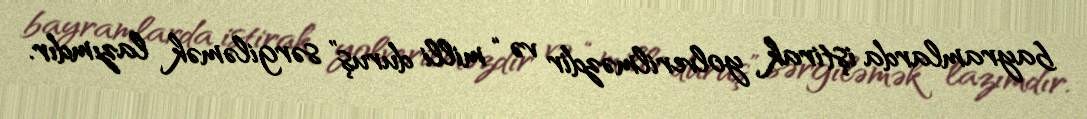
bayramlarda iştirak yolverilməzdir və “milli duruş” sərgiləmək lazımdır.